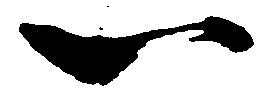
一